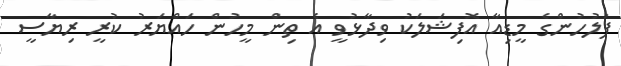
ފުލުހުންގެ މީޑިއާ އޮފިޝަލަކު ވިދާޅުވީ އެ ތިން މީހުން ހައްޔަރު ކުރީ ރިޔާސީ